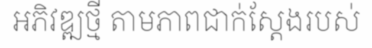
អភិវឌ្ឍថ្មី តាមភាពជាក់ស្តែងរបស់